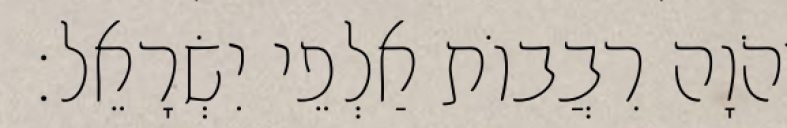
יְהֹוָה רִבֲבוֹת אַלְפֵי יִשְׂרָאֵל׃